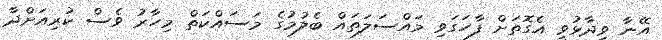
އޭނާ ވިދާޅުވީ އެގޮތަށް ފާހަގަވި މައްސަލަތައް ބެލުމުގެ މަސައްކަތް މިހާރު ވެސް ކުރިއަށްދާ